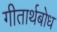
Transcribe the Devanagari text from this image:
गीतार्थबोध